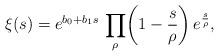
LaTeX: \begin{align*}\xi(s)={e^{b_{0}+b_{1}s}}\,\prod_{\rho}\biggl(1-\frac{s}{\rho}\biggr)\,e^{\frac{s}{\rho}},\end{align*}